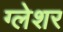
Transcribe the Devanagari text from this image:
ग्लेशर